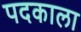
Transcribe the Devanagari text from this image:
पदकाला